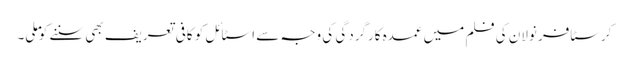
کرسٹافر نولان کی فلم میں عمدہ کارگردگی کی وجہ سے اسٹائل کو کافی تعریف بھی سننے کو ملی۔